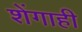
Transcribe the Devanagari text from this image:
शेंगाही